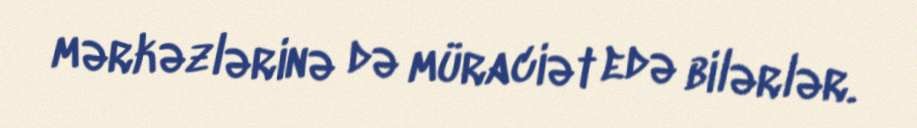
mərkəzlərinə də müraciət edə bilərlər.